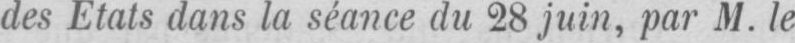
des Etats dans la séance du 28 juin, par M. le